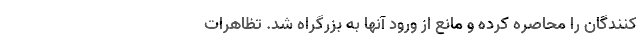
کنندگان را محاصره کرده و مانع از ورود آنها به بزرگراه شد. تظاهرات